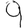
Digit: 9